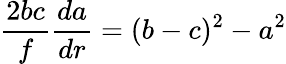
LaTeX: \frac{2bc}{f}\frac{da}{dr}=(b-c)^{2}-a^{2}